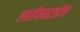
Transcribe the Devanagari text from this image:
लाईफस्टाईल